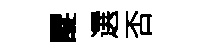
醍選否